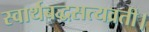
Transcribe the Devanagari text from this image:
स्वार्थबद्धसत्यव्रती।